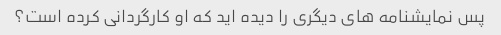
پس نمایشنامه های دیگری را دیده اید که او کارگردانی کرده است؟